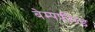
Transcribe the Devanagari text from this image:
बेम्पफील्ड